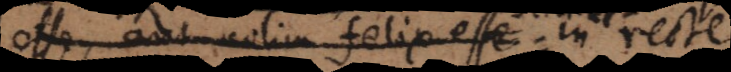
esse, aut velim felix esse in recte